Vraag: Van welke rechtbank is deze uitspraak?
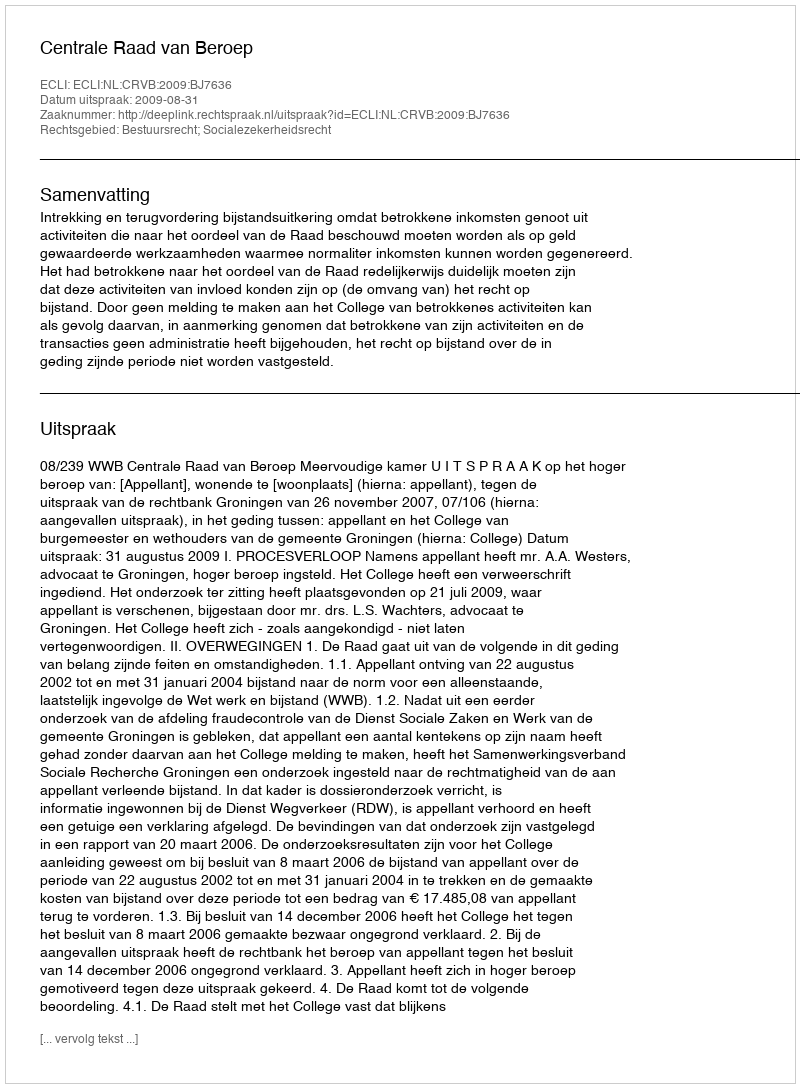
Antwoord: Centrale Raad van Beroep